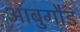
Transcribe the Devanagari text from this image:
आबुगौड